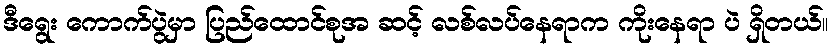
ဒီရွေး ကောက်ပွဲမှာ ပြည်ထောင်စုအ ဆင့် လစ်လပ်နေရာက ကိုးနေရာ ပဲ ရှိတယ်။